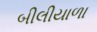
બીલીયાળા